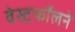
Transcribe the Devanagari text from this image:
वेस्टफॉलने